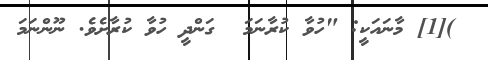
)[1] މާނައަކީ: "ހުވާ ކުރާނަމަ  ގަންދީ ހުވާ ކުރާށެވެ. ނޫންނަމަ